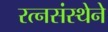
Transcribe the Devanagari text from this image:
रत्नसंस्थेने